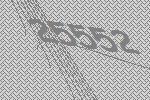
25552